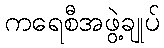
ကရေစီအဖွဲ့ချုပ်